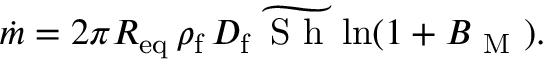
\dot { m } = 2 \pi R _ { \mathrm { e q } } \, \rho _ { \mathrm { f } } \, D _ { \mathrm { f } } \, \widetilde { \textup { S h } } \ln ( 1 + B _ { \mathrm { ~ M ~ } } ) .